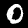
Digit: 0